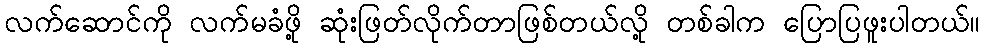
လက်ဆောင်ကို လက်မခံဖို့ ဆုံးဖြတ်လိုက်တာဖြစ်တယ်လို့ တစ်ခါက ပြောပြဖူးပါတယ်။